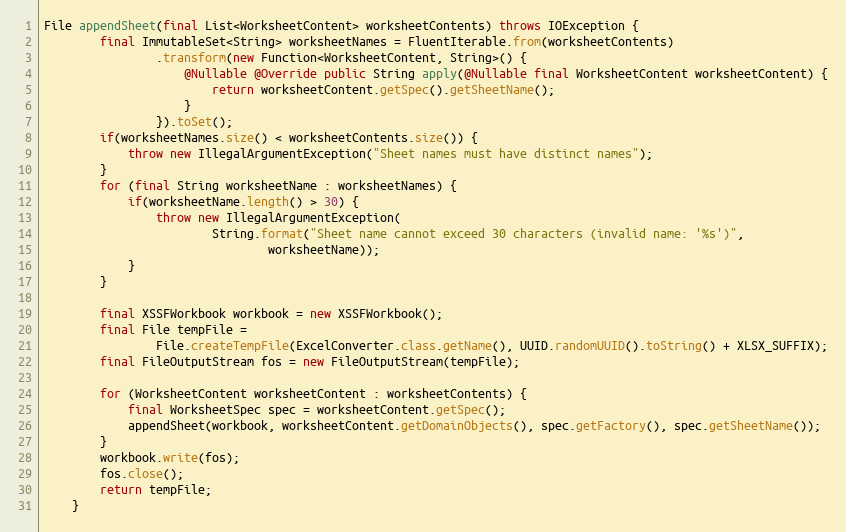
Language: Java
File appendSheet(final List<WorksheetContent> worksheetContents) throws IOException {
        final ImmutableSet<String> worksheetNames = FluentIterable.from(worksheetContents)
                .transform(new Function<WorksheetContent, String>() {
                    @Nullable @Override public String apply(@Nullable final WorksheetContent worksheetContent) {
                        return worksheetContent.getSpec().getSheetName();
                    }
                }).toSet();
        if(worksheetNames.size() < worksheetContents.size()) {
            throw new IllegalArgumentException("Sheet names must have distinct names");
        }
        for (final String worksheetName : worksheetNames) {
            if(worksheetName.length() > 30) {
                throw new IllegalArgumentException(
                        String.format("Sheet name cannot exceed 30 characters (invalid name: '%s')",
                                worksheetName));
            }
        }

        final XSSFWorkbook workbook = new XSSFWorkbook();
        final File tempFile =
                File.createTempFile(ExcelConverter.class.getName(), UUID.randomUUID().toString() + XLSX_SUFFIX);
        final FileOutputStream fos = new FileOutputStream(tempFile);

        for (WorksheetContent worksheetContent : worksheetContents) {
            final WorksheetSpec spec = worksheetContent.getSpec();
            appendSheet(workbook, worksheetContent.getDomainObjects(), spec.getFactory(), spec.getSheetName());
        }
        workbook.write(fos);
        fos.close();
        return tempFile;
    }